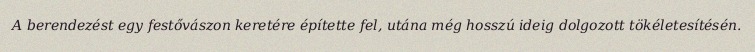
A berendezést egy festővászon keretére építette fel, utána még hosszú ideig dolgozott tökéletesítésén.